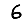
Digit: 6